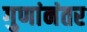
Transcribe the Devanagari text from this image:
गुणांनंतर